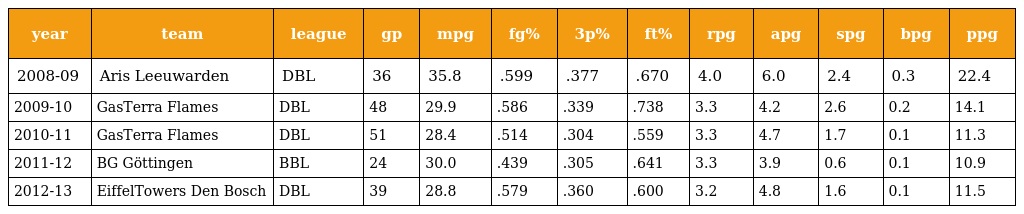
| year | team | league | gp | mpg | fg% | 3p% | ft% | rpg | apg | spg | bpg | ppg |
 | --- | --- | --- | --- | --- | --- | --- | --- | --- | --- | --- | --- | --- |
 | 2008-09 | Aris Leeuwarden | DBL | 36 | 35.8 | .599 | .377 | .670 | 4.0 | 6.0 | 2.4 | 0.3 | 22.4 |
 | 2009-10 | GasTerra Flames | DBL | 48 | 29.9 | .586 | .339 | .738 | 3.3 | 4.2 | 2.6 | 0.2 | 14.1 |
 | 2010-11 | GasTerra Flames | DBL | 51 | 28.4 | .514 | .304 | .559 | 3.3 | 4.7 | 1.7 | 0.1 | 11.3 |
 | 2011-12 | BG Göttingen | BBL | 24 | 30.0 | .439 | .305 | .641 | 3.3 | 3.9 | 0.6 | 0.1 | 10.9 |
 | 2012-13 | EiffelTowers Den Bosch | DBL | 39 | 28.8 | .579 | .360 | .600 | 3.2 | 4.8 | 1.6 | 0.1 | 11.5 |